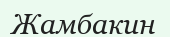
Жамбакин